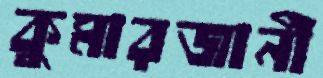
কুমারজানী